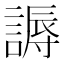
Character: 𬢾